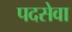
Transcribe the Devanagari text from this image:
पदसेवा